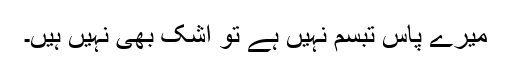
میرے پاس تبسم نہیں ہے تو اشک بھی نہیں ہیں۔